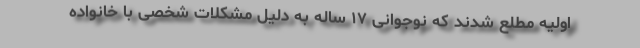
اولیه مطلع شدند که نوجوانی ۱۷ ساله به دلیل مشکلات شخصی با خانواده